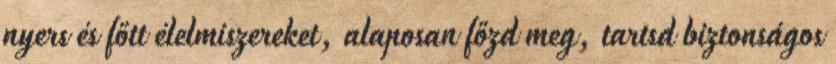
nyers és főtt élelmiszereket, alaposan főzd meg, tartsd biztonságos